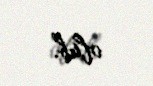
olub.